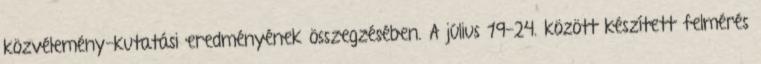
közvélemény-kutatási eredményének összegzésében. A július 19-24. között készített felmérés